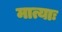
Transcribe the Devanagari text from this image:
मात्याः